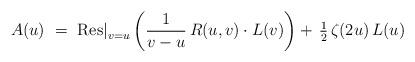
LaTeX: \begin{align*} A(u)~=~{\rm Res} \vert_{v=u}^{} \left( {1 \over v-u} \, R(u,v) \cdot L(v) \right) + \, {\textstyle {1 \over 2}} \, \zeta(2u) \, L(u)\end{align*}